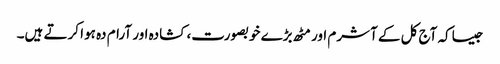
جیساکہ آج کل کے آشرم اور مٹھ بڑے خوبصورت، کشادہ اور آرام دہ ہوا کرتے ہیں۔